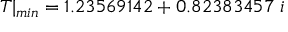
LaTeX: T | _ { m i n } = 1 . 2 3 5 6 9 1 4 2 + 0 . 8 2 3 8 3 4 5 7 \; i